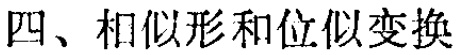
四、相似形和位似变换